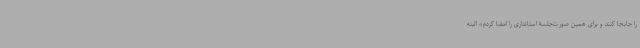
را جابجا کنند و برای همین صورت‌جلسۀ استانداری را امضا کردم» البته